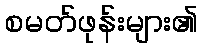
စမတ်ဖုန်းများ၏